Scottish Leaving Certificate Examination, 1960
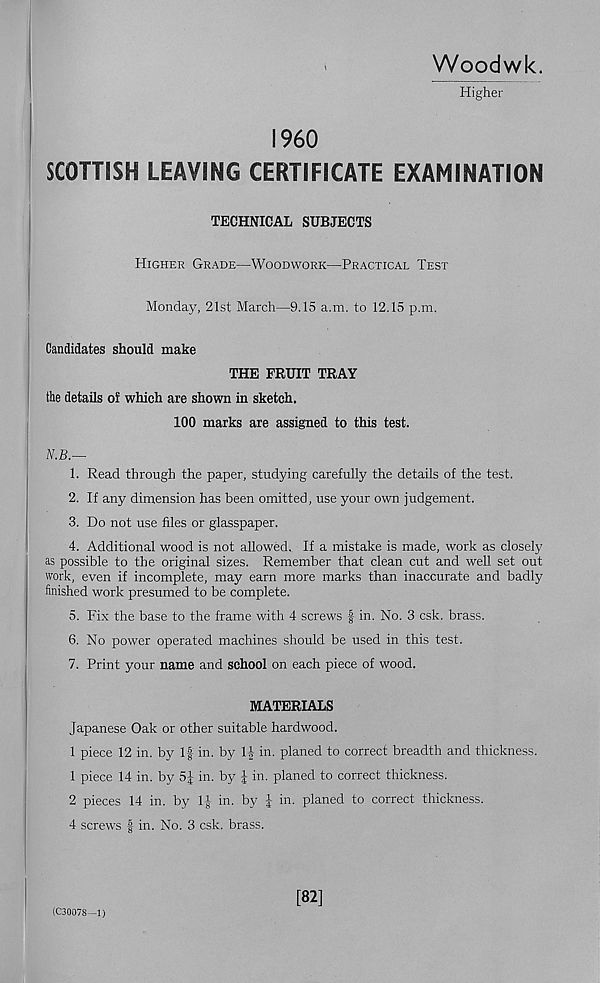
Woodwk.
Higher
I960
SCOTTISH LEAVING CERTIFICATE EXAMINATION
TECHNICAL SUBJECTS
Higher Grade—Woodwork—Practical Test
Monday, 21st March—9.15 a.m. to 12.15 p.m.
Candidates should make
THE FRUIT TRAY
the details of which are shown in sketch.
100 marks are assigned to this test.
N.B.—
1. Read through the paper, studying carefully the details of the test.
2. If any dimension has been omitted, use your own judgement.
3. Do not use files or glasspaper.
4. Additional wood is not allowed. If a mistake is made, work as closely
as possible to the original sizes. Remember that clean cut and well set out
work, even if incomplete, may earn more marks than inaccurate and badly
finished work presumed to be complete.
5. Fix the base to the frame with 4 screws f in. No. 3 csk. brass.
6. No power operated machines should be used in this test.
7. Print your name and school on each piece of wood.
MATERIALS
Japanese Oak or other suitable hardwood.
1 piece 12 in. by If in. by 1-|- in. planed to correct breadth and thickness.
1 piece 14 in. by 5J in. by | in. planed to correct thickness.
2 pieces 14 in. by If in. by | in. planed to correct thickness.
4 screws f in. No. 3 csk. brass.
(C3007S -1)
[82]